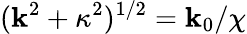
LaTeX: (\mathbf{k}^{2}+\kappa^{2})^{1/2}=\mathbf{k}_{0}/\chi